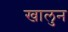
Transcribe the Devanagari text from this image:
खालुन